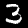
Label: 3